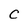
Character: C